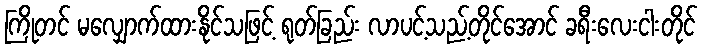
ကြိုတင် မလျှောက်ထားနိုင်သဖြင့် ရုတ်ခြည်း လာပင့်သည့်တိုင်အောင် ခရီးလေးငါးတိုင်